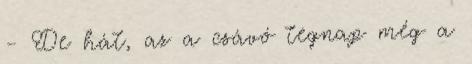
- De hát, az a csávó tegnap még a